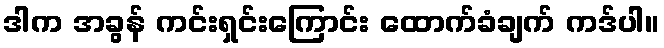
ဒါက အခွန် ကင်းရှင်းကြောင်း ထောက်ခံချက် ကဒ်ပါ။